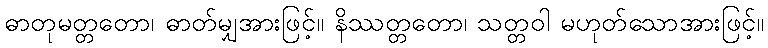
ဓာတုမတ္တတော၊ ဓာတ်မျှအားဖြင့်။ နိဿတ္တတော၊ သတ္တဝါ မဟုတ်သောအားဖြင့်။